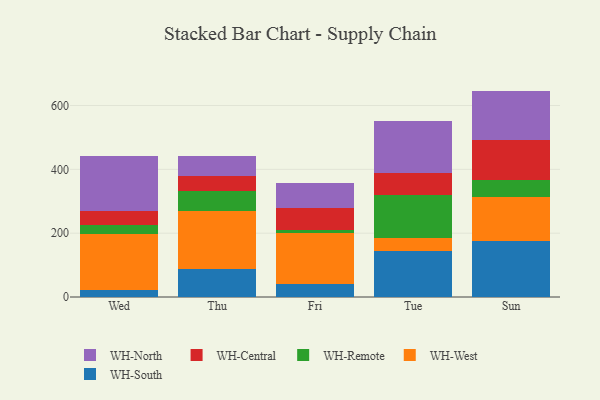
{"axis": {"x": "Day", "y": "Satisfaction Score"}, "legend": ["WH-Central", "WH-North", "WH-Remote", "WH-South", "WH-West"], "data": [{"x": "Wed", "y": 22.9, "type": "WH-South"}, {"x": "Wed", "y": 174.6, "type": "WH-West"}, {"x": "Wed", "y": 27.8, "type": "WH-Remote"}, {"x": "Wed", "y": 43.7, "type": "WH-Central"}, {"x": "Wed", "y": 171.7, "type": "WH-North"}, {"x": "Thu", "y": 89.1, "type": "WH-South"}, {"x": "Thu", "y": 179.0, "type": "WH-West"}, {"x": "Thu", "y": 65.3, "type": "WH-Remote"}, {"x": "Thu", "y": 44.4, "type": "WH-Central"}, {"x": "Thu", "y": 64.6, "type": "WH-North"}, {"x": "Fri", "y": 39.7, "type": "WH-South"}, {"x": "Fri", "y": 161.2, "type": "WH-West"}, {"x": "Fri", "y": 8.4, "type": "WH-Remote"}, {"x": "Fri", "y": 70.1, "type": "WH-Central"}, {"x": "Fri", "y": 77.1, "type": "WH-North"}, {"x": "Tue", "y": 143.7, "type": "WH-South"}, {"x": "Tue", "y": 40.4, "type": "WH-West"}, {"x": "Tue", "y": 135.9, "type": "WH-Remote"}, {"x": "Tue", "y": 69.2, "type": "WH-Central"}, {"x": "Tue", "y": 163.4, "type": "WH-North"}, {"x": "Sun", "y": 175.6, "type": "WH-South"}, {"x": "Sun", "y": 138.2, "type": "WH-West"}, {"x": "Sun", "y": 54.2, "type": "WH-Remote"}, {"x": "Sun", "y": 123.6, "type": "WH-Central"}, {"x": "Sun", "y": 154.3, "type": "WH-North"}]}